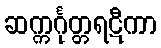
ဆက္ကင်္ဂုတ္တရဋီကာ